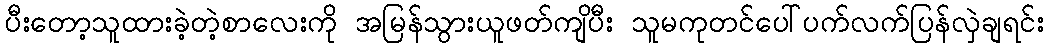
ပီးတော့သူထားခဲ့တဲ့စာလေးကို အမြန်သွားယူဖတ်ကျိပီး သူမကုတင်ပေါ်ပက်လက်ပြန်လှဲချရင်း